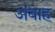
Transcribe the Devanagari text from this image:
अंबाह